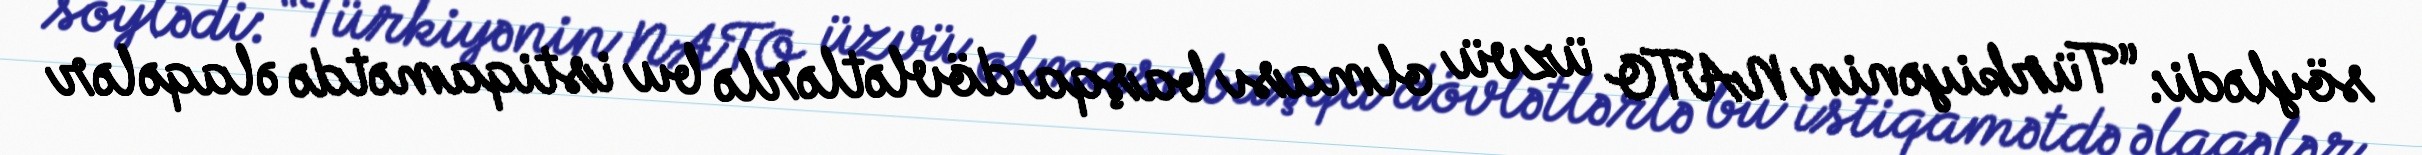
söylədi: “Türkiyənin NATO üzvü olması başqa dövlətlərlə bu istiqamətdə əlaqələr